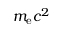
\, m _ { \mathrm { e } } c ^ { 2 }